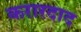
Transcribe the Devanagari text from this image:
करारदाद